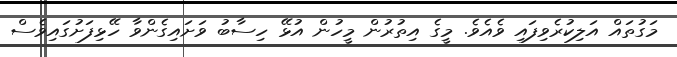
މަގުތައް އަލިކުރެވިފައި ވެއެވެ. މީގެ އިތުރުން މީހުން އުޅޭ ހިސާބު ވަށައިގެންވާ ހޭޅިފަށުގައިވެސް